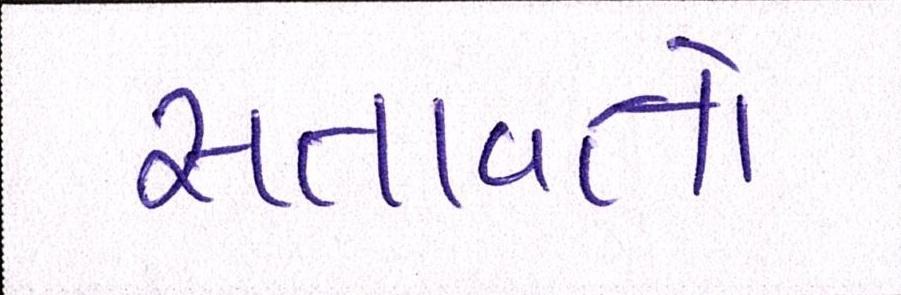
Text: સતાવતો